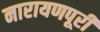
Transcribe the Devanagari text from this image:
नारायणपूरी